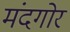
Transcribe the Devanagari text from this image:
मंदगोर